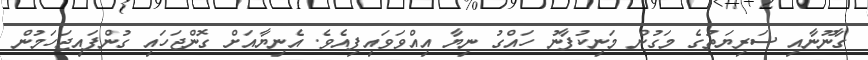
ގާނޫނާއި ސަރިޔަތުގެ މަގުން މަނިކުފާނު ހައްގު ނިޔާ އިއްވަވައިފިއެވެ. އެނިޔާއަށް ގޮންޖަހައި ގުންފައިޖަހަމުން